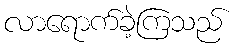
လာရောက်ခဲ့ကြသည်